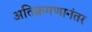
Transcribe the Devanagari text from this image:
अतिक्रमणानंतर